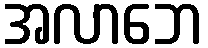
အလာဘေ